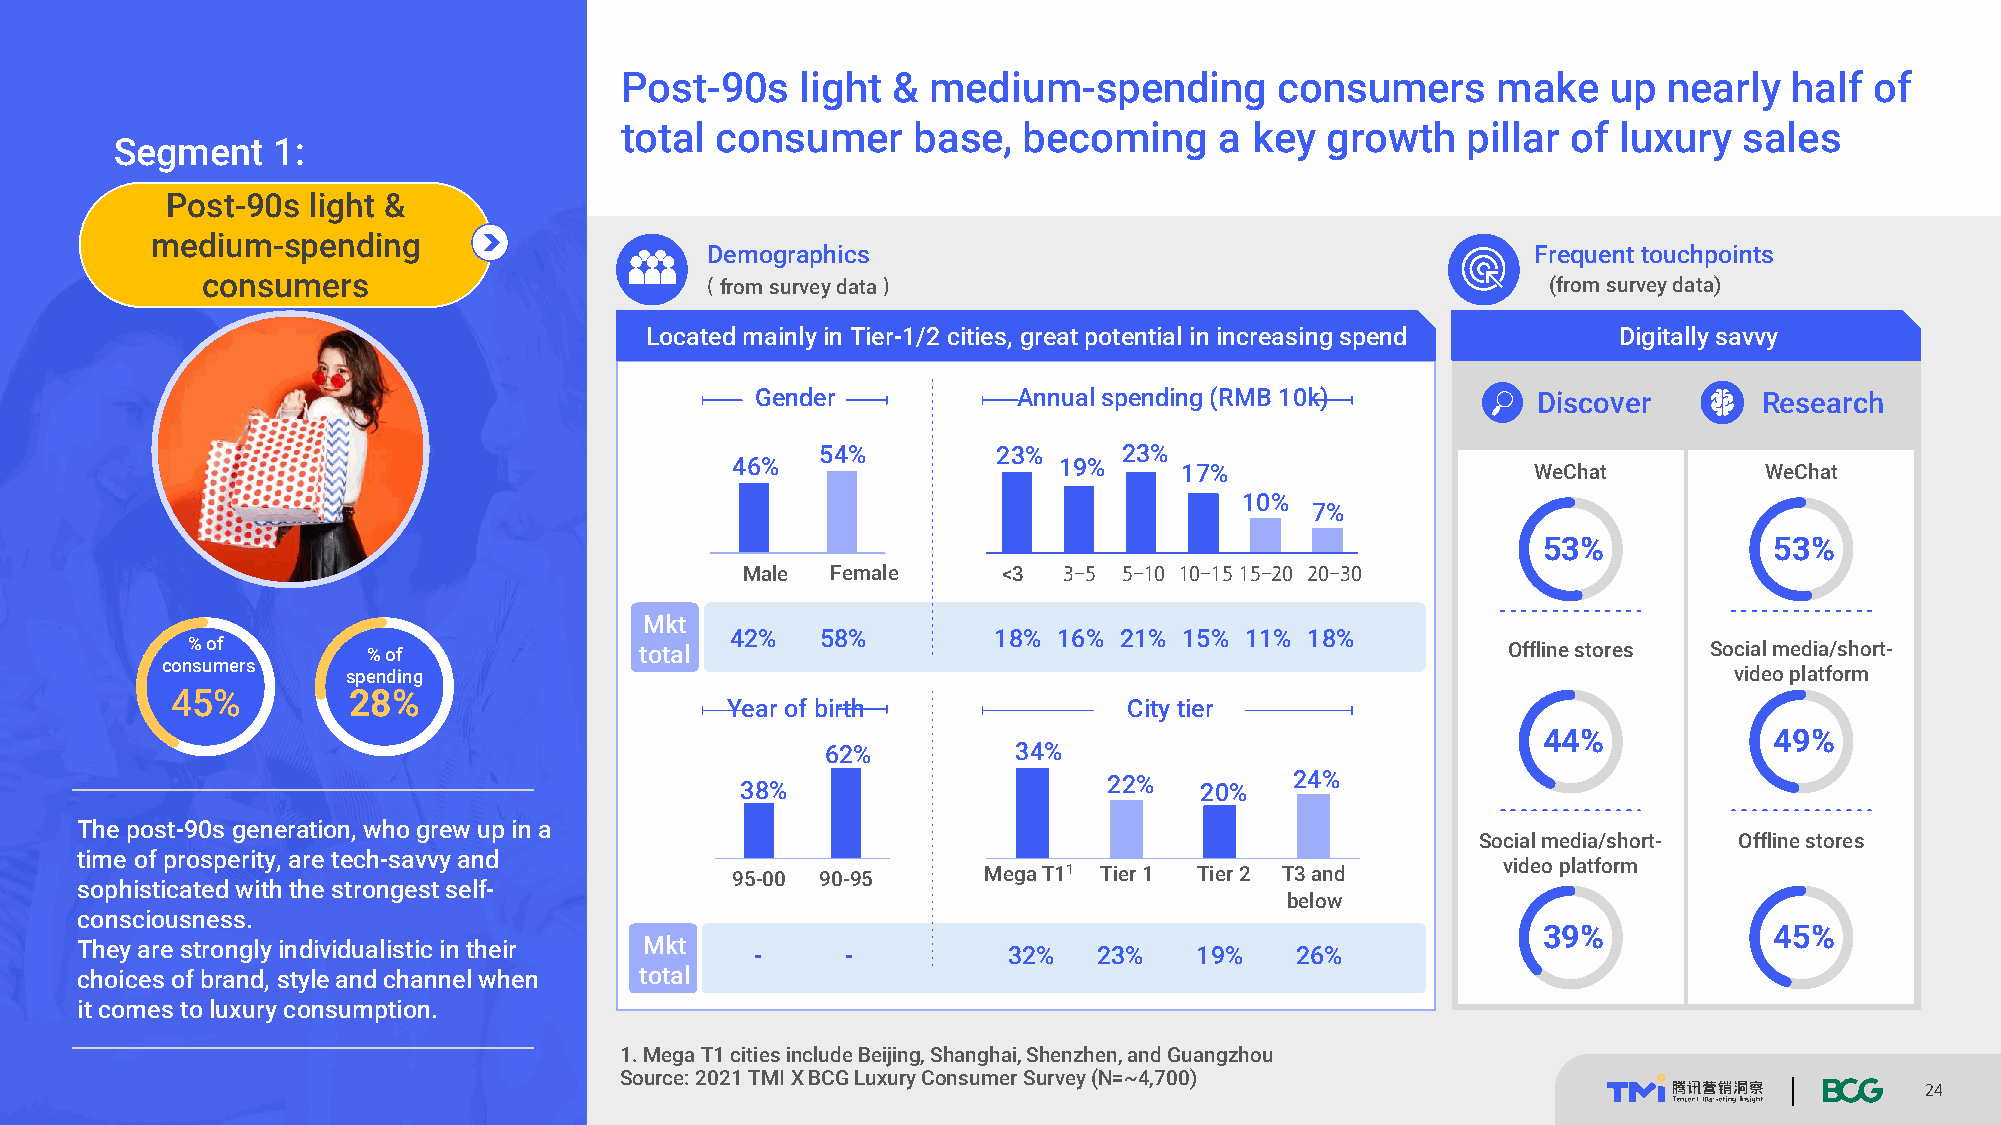
Post-90s    light &  medium-spending        consumers     make    up nearly   half of
 total consumer     base,   becoming     a key  growth   pillar of luxury  sales
 Segment   1:
 Post-90s light &
 medium-spending
 Demographics                                           Frequent touchpoints
 consumers                        （from survey data）                                       (from survey data)
 Located mainly in Tier-1/2 cities, great potential in increasing spend Digitally savvy
 Gender           Annual spending (RMB 10k)          Discover       Research
 54%         23%     23%
 46%                   19%     17%                     WeChat         WeChat
 10%
 7%
 53%            53%
 Male  Female     <3  3-5 5-10 10-15 15-20 20-30
 Mkt
 42%   58%         18% 16% 21% 15% 11%  18%
 % of        % of              total                                                     Offline stores Social media/short-
 consumers
 spending                                                                                    video platform
 45%         28%
 Year of birth              City tier
 44%            49%
 62%         34%
 38%                     22%   20%    24%
 The post-90s generation, who grew up in a
 Social media/short- Offline stores
 time of prosperity, are tech-savvy and
 video platform
 95-00 90-95      Mega T11 Tier 1 Tier 2 T3 and
 sophisticated with the strongest self-
 below
 consciousness.
 39%            45%
 They are strongly individualistic in their Mkt -   -          32%   23%   19%    26%
 choices of brand, style and channel when total
 it comes to luxury consumption.
 1. Mega T1 cities include Beijing, Shanghai, Shenzhen, and Guangzhou
 Source: 2021 TMIX BCG Luxury Consumer Survey (N=~4,700)
 24